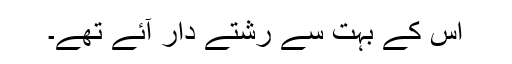
اُس کے بہت سے رشتے دار آئے تھے۔